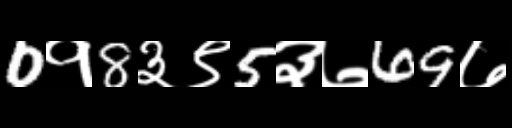
Text: 0१8३९5३७69७